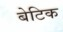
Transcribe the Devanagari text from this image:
बेटिक